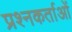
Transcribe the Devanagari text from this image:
प्रश्नकर्ताओं